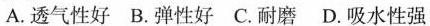
A.透气性好 B.弹性好 C.耐磨 D.吸水性强